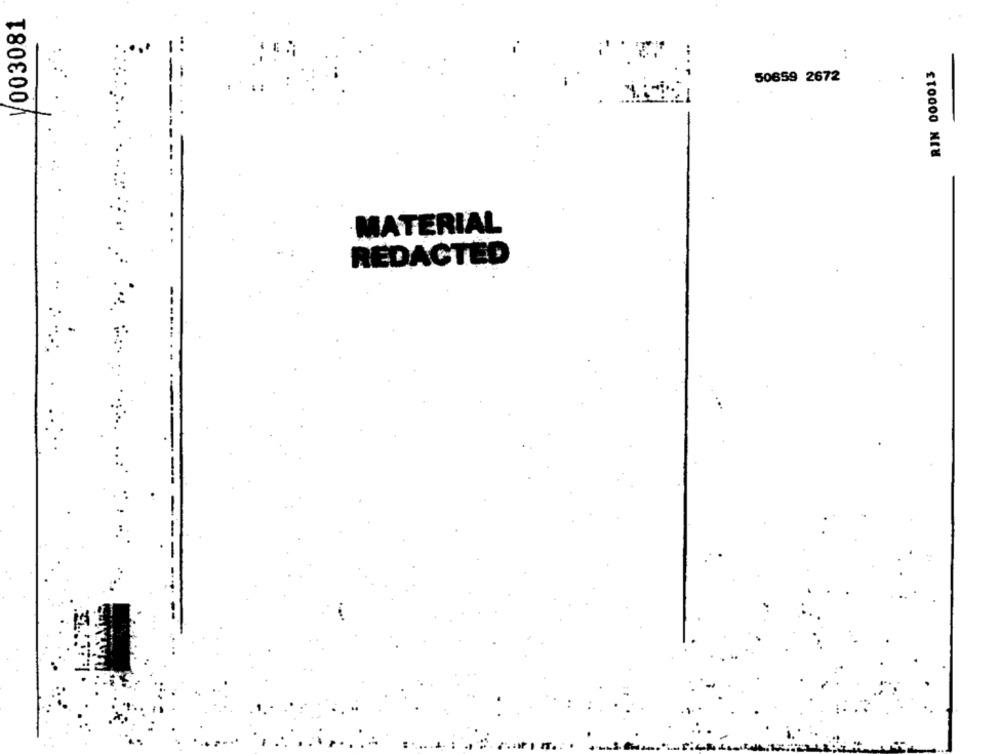
V003081
:
RIN 000013
50659 2672
MATERIAL
REDACTED